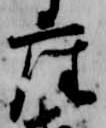
座